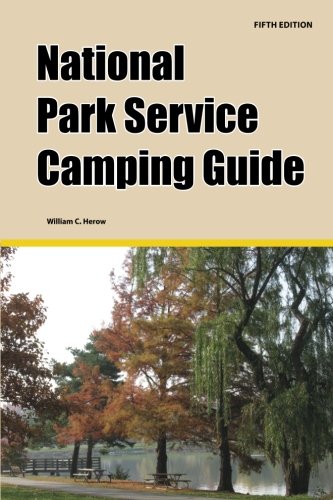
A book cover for National Park Service Camping Guide, 5th Edition; William C Herow; Sports & Outdoors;